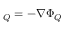
\v { a } _ { Q } = - \nabla \Phi _ { Q }